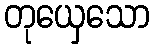
တုယှေသော